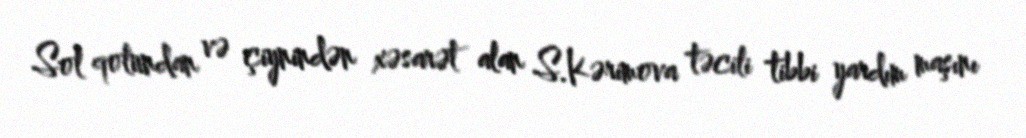
Sol qolundan və çiynindən xəsarət alan S.Kərimova təcili tibbi yardım maşını